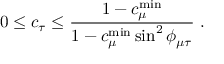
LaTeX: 0 \leq c _ { \tau } \leq \frac { 1 - c _ { \mu } ^ { \mathrm { m i n } } } { 1 - c _ { \mu } ^ { \mathrm { m i n } } \sin ^ { 2 } \phi _ { \mu \tau } } ~ .